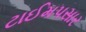
ટાઈમપસાર